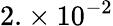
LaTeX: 2.\times 10^{-2}